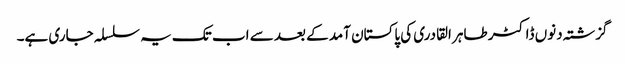
گزشتہ دنوں ڈاکٹر طاہر القادری کی پاکستان آمد کے بعد سے اب تک یہ سلسلہ جاری ہے۔